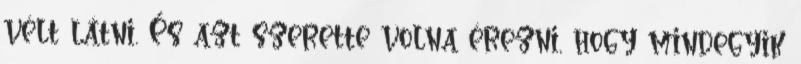
vélt látni. És azt szerette volna érezni, hogy mindegyik